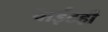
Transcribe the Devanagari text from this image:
वाईटही